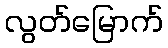
လွတ်မြောက်